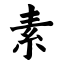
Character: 素